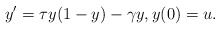
\begin{align*} y'=\tau y(1-y)-\gamma y,y(0)=u. \end{align*}